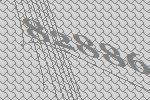
82886